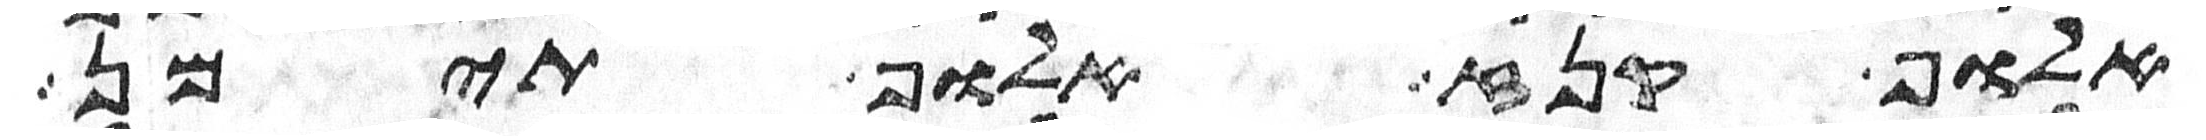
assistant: אלוף קנז אלוף תימן